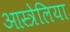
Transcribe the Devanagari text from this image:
आस्त्रेलिया